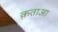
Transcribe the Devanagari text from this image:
क़ताआ